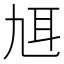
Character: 𦔱